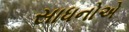
સાધનોએ